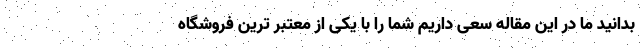
بدانید ما در این مقاله سعی داریم شما را با یکی از معتبر ترین فروشگاه